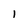
Character: 1